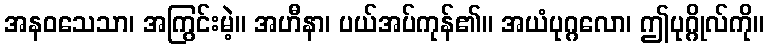
အနဝသေသာ၊ အကြွင်းမဲ့။ အဟီနာ၊ ပယ်အပ်ကုန်၏။ အယံပုဂ္ဂလော၊ ဤပုဂ္ဂိုလ်ကို။